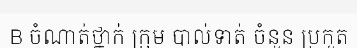
B ចំណាត់ថ្នាក់ ក្រុម បាល់ទាត់ ចំនួន ប្រកួត